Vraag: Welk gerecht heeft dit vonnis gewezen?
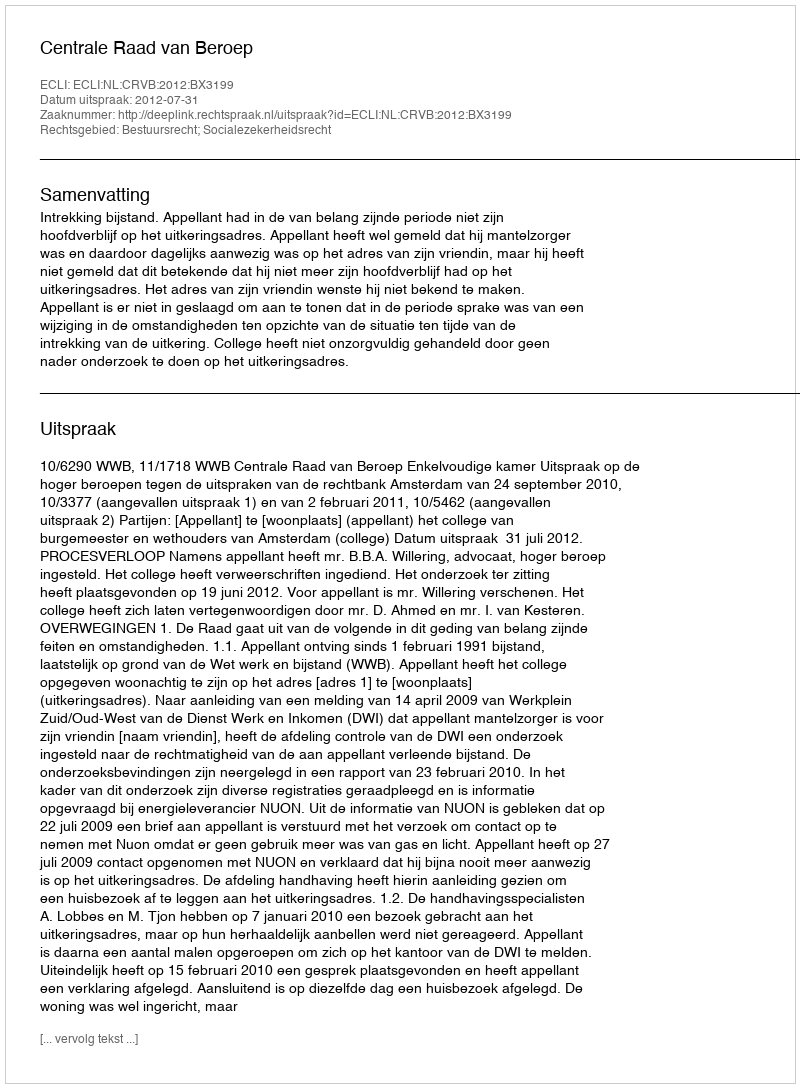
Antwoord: Centrale Raad van Beroep